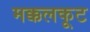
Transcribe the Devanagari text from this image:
मक्कलकूट